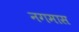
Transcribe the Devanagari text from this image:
नगमास